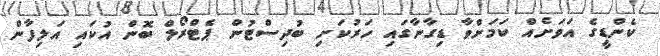
ކެންޑީގެ އަވަށެއް ކަމަށްވާ ޑިގާނާގައި ހަރުކަށި ބުދިސްޓުން ޕެޓްރޯލް ބޮން އުކައި އަލިފާން